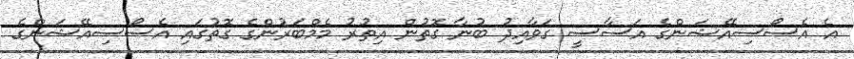
އެ އެސޯސިއޭޝަންގެ އަސާސީ ގަވާއިދު ބުނާ ގޮތުން އިތުރު މެެމްބަރުންގެ ގޮތުގައި އެސޯސިއޭޝަންގެ